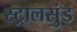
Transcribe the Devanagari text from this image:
स्ट्रालसुंड